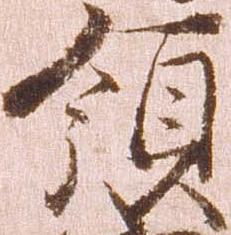
領